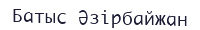
Батыс Әзірбайжан